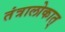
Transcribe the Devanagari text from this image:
तंत्रालोकात्